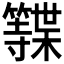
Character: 𮆩